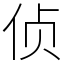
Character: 侦